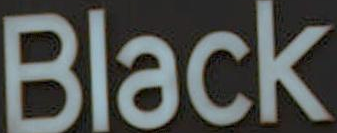
Black